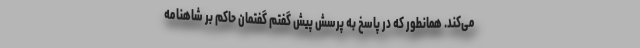
می‌کند. همانطور که در پاسخ به پرسش پیش گفتم گفتمان حاکم بر شاهنامه